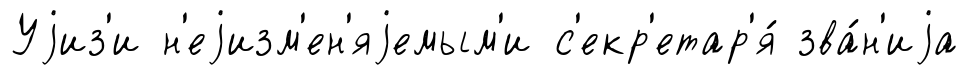
Уjиз'и н'еjизм'ен'яjемым'и с'екр'етар'я́ зва́н'иjа